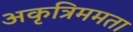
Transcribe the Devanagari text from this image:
अकृत्रिममता